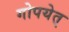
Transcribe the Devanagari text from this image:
गोपयेत्